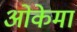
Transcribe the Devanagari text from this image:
ओकेमा